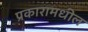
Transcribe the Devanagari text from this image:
प्रकारामधील